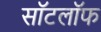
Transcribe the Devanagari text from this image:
सॉटलॉफ